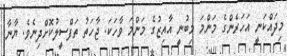
މިދައްކަނީ އަހަރެންގެ މަންމަ މިބުނީ އާއިޒުގެ މަންމަ ވާހަކަ. ޖާހަތު ތަފްސީލުކޮށްދިނެވެ. ޔާނާ